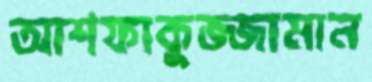
আশফাকুজ্জামান